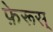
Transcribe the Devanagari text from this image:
फ़ेरूस्